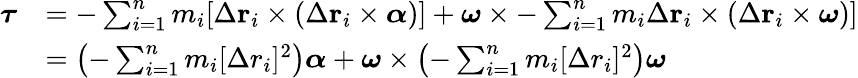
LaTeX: {\begin{array}{rl}{{\boldsymbol{\tau}}}&{=-\sum_{i=1}^{n}m_{i}[\Delta\mathbf{r}_{i}\times(\Delta\mathbf{r}_{i}\times{\boldsymbol{\alpha}})]+{\boldsymbol{\omega}}\times-\sum_{i=1}^{n}m_{i}\Delta\mathbf{r}_{i}\times(\Delta\mathbf{r}_{i}\times{\boldsymbol{\omega}})]}\\ &{=\left(-\sum_{i=1}^{n}m_{i}[\Delta r_{i}]^{2}\right){\boldsymbol{\alpha}}+{\boldsymbol{\omega}}\times\left(-\sum_{i=1}^{n}m_{i}[\Delta r_{i}]^{2}\right){\boldsymbol{\omega}}}\end{array}}